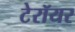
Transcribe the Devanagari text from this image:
टेरॉयर